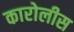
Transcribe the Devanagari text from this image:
कारोलीस